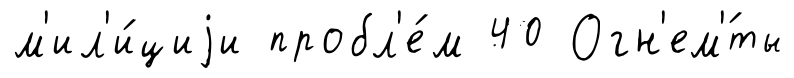
м'ил'и́циjи пробл'е́м 40 Огн'ем'́ты